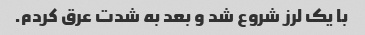
با یک لرز شروع شد و بعد به شدت عرق کردم.